King Institute of Preventive Medicine Bacteriolog. Section reports 1907-08
Year: 1907
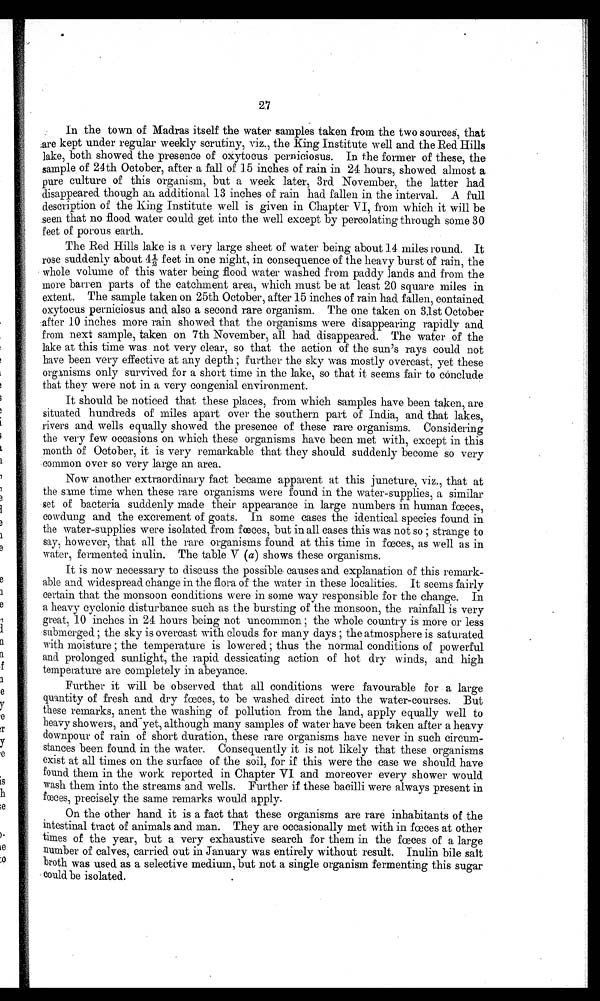
27
In the town of Madras itself the water samples taken from the two sources, that
are kept under regular weekly scrutiny, viz., the King Institute well and the Red Hills
lake, both showed the presence of oxytocus perniciosus. In the former of these, the
sample of 24th October, after a fall of 15 inches of rain in 24 hours, showed almost a
pure culture of this organism, but a week later, 3rd November, the latter had
disappeared though an additional 13 inches of rain had fallen in the interval. A full
description of the King Institute well is given in Chapter VI, from which it will be
seen that no flood water could get into the well except by percolating through some 30
feet of porous earth.
The Red Hills lake is a very large sheet of water being about 14 miles round. It
r os e s uddenl y about 4 1/ 2 f eet i n one ni ght , i n cons equence of t he heavy bur s t of r ai n, t he
whole volume of this water being flood water washed from paddy lands and from the
more barren parts of the catchment area, which must be at least 20 square miles in
extent. The sample taken on 25th October, after 15 inches of rain had fallen, contained.
oxytocus perniciosus and. also a second rare organism. The one taken on 31st October
after 10 inches more rain showed that the organisms were disappearing rapidly and
from next sample, taken on 7th November, all had disappeared. The water of the
lake at this time was not very clear, so that the action of the sun's rays could not
have been very effective at any depth; further the sky was mostly overcast, yet these
organisms only survived for a short time in the lake, so that it seems fair to conclude
that they were not in a very congenial environment.
It should be noticed that these places, from which samples have been taken, are
situated hundreds of miles apart over the southern part of India, and. that lakes,
rivers and. wells equally showed. the presence of these rare organisms. Considering
the very few occasions on which these organisms have been met with, except in this
month of October, it is very remarkable that they should suddenly become so very
common over so very large an area.
Now another extraordinary fact became apparent at. this juncture, viz., that at
the same time when these rare organisms were found in the water-supplies, a similar
set of bacteria suddenly made their appearance in large numbers in human fces,
cowdung and the excrement of goats. In some cases the identical species found in
the water-supplies were isolated. from feces, but in all cases this was not so; strange to
say, however, that all the rare organisms found. at this time in fwces, as well as in
water, fermented inulin. The table V (a) shows these organisms.
It is now necessary to discuss the possible causes and explanation of this remark-
able and. widespread. change in the flora of the water in these localities. It seems fairly
certain that the monsoon conditions were in some way responsible for the change. In
a heavy cyclonic disturbance such as the bursting of the monsoon, the rainfall is very
great, 10 inches in 24 hours being not uncommon; the whole country is more or less
submerged; the sky is overcast with clouds for many days; the atmosphere is saturated
with moisture; the temperature is lowered thus the normal conditions of powerful
and prolonged, sunlight, the rapid. dessicating action of hot dry winds, and high
temperature are completely in abeyance.
Further it will be observed. that all conditions were favourable for a large
quantity of fresh and. dry fnces, to be washed direct into the water-courses. But
these remarks, anent the washing of pollution from the land, apply equally well to
heavy showers, and yet, although many samples of water have been taken after a heavy
downpour of rain of short duration, these rare organisms have never in such circum-
stances been found. in the water. Consequently it is not likely that these organisms
exist at all times on the surface of the soil, for if this were the case we should. have
found them in the work reported. in Chapter VI and moreover every shower would.
wash them into the streams and. wells. Further if these bacilli were always present in
fces, precisely the same remarks would apply.
On the other hand it is a fact that these organisms are rare inhabitants of the
intestinal tract of animals and man. They are occasionally met with in faeces at other
times of the year, but a very exhaustive search for them in the foces of a large
number of calves, carried out in January was entirely without result. Inulin bile salt
broth was used. as a selective medium, but not a single organism fermenting this sugar
Could be isolated.